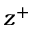
z ^ { + }